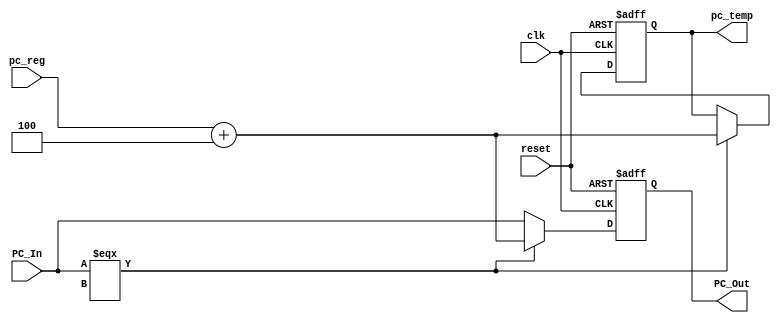
`timescale 1ns / 1ps

module prog_counter
(
input clk,reset,
input [63:0] pc_reg,

output reg [63:0] pc_temp,
input [63:0] PC_In,
output reg [63:0] PC_Out

);

initial begin
PC_Out=64'd0;
pc_temp=64'd0;
end
always @ (posedge clk or posedge reset)
begin
if (reset) begin
PC_Out=64'd0;
pc_temp=64'd0;
end


else if (PC_In===64'bx) begin
PC_Out=pc_reg+64'd4; 
pc_temp=pc_reg+64'd4 
; end
else begin
PC_Out=PC_In;end
end

endmodule